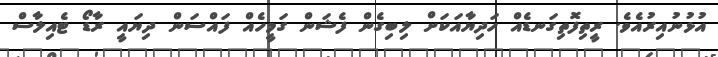
އުޅުނުއިރުއެވެ. ރީތިފޮތިގަނޑެއް ހަދިޔާއަކަށް ލިބިގެން ފެޝަން ގަމީހެއް ފައްސަން ދިޔައީ ރާޑޯ ޓެއިލާސް